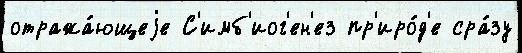
отража́ющеjе С'имб'иог'ен'ез пр'иро́д'е сра́зу